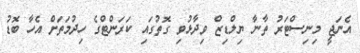
އެނަޖީ މިނިސްޓަރު ތާނާ ޔިލްޑިޒް ވިދާޅުވި ގޮތުގައި ކަރަންޓްގެ ހިދުމަތަށް އެހާ ބޮޑު